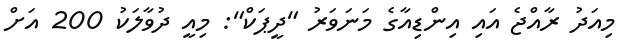
މިއަދު ރާއްޖެ އައި އިންޑިއާގެ މަނަވަރު "ދީޕަކް": މިއީ ދުވާލަކު 200 އަށް